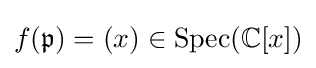
f({\mathfrak {p}})=(x)\in \operatorname {Spec} (\mathbb {C} [x])